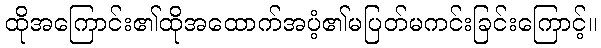
ထိုအကြောင်း၏ထိုအထောက်အပံ့၏မပြတ်မကင်းခြင်းကြောင့်။